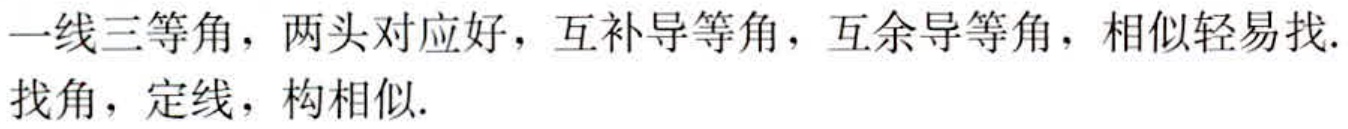
一线三等角，两头对应好，互补导等角，互余导等角，相似轻易找.

找角，定线，构相似.